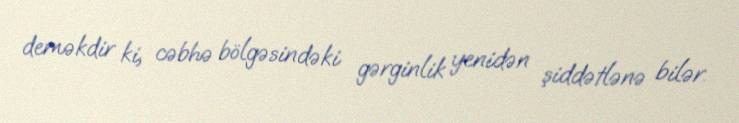
deməkdir ki, cəbhə bölgəsindəki gərginlik yenidən şiddətlənə bilər.